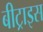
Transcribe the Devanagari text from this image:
बीट्राइस